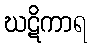
ဃဋိကာရ